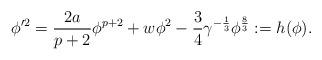
LaTeX: \begin{align*}\phi'^2=\frac{2a}{p+2}\phi^{p+2}+w\phi^2-\frac 34\gamma^{-\frac 13}\phi^{\frac 83}:=h(\phi).\end{align*}